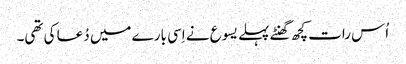
‏ اُس رات کچھ گھنٹے پہلے یسوع نے اِسی بارے میں دُعا کی تھی۔